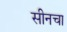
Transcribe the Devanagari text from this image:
सीनचा